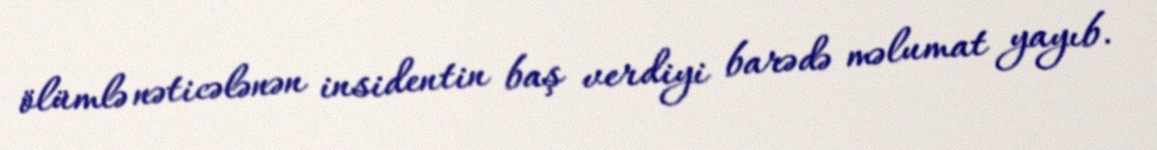
ölümlə nəticələnən insidentin baş verdiyi barədə məlumat yayıb.